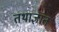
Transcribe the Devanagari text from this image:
तथाज्ञात